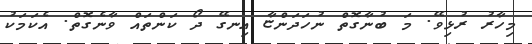
މިހާރު ރުޅިވޭ. މަ ބުނާގޮތް ނުހަދަންޏާ އިނގޭ ދޯ ކަންތައް ވާނެގޮތް. އެކަމަކު